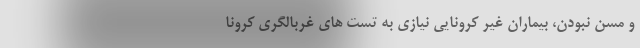
و مسن نبودن، بیماران غیر کرونایی نیازی به تست های غربالگری کرونا